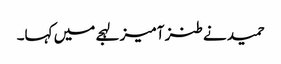
حمید نے طنز آمیز لہجے میں کہا۔